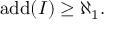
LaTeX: \operatorname { a d d } ( I ) \geq \aleph _ { 1 } .